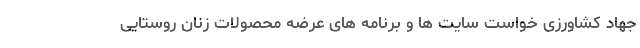
جهاد کشاورزی خواست سایت ها و برنامه های عرضه محصولات زنان روستایی